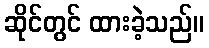
ဆိုင်တွင် ထားခဲ့သည်။